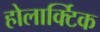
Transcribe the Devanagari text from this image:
होलार्क्टिक